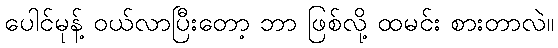
ပေါင်မုန့် ဝယ်လာပြီးတော့ ဘာ ဖြစ်လို့ ထမင်း စားတာလဲ။